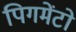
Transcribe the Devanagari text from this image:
पिगमेंटो